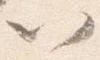
以